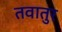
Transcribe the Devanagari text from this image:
तवातुर